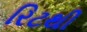
રિટથી